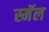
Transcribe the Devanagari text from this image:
स्मॅल